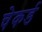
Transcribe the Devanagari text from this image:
चेकर्ड